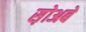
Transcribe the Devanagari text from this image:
स़ोअबे